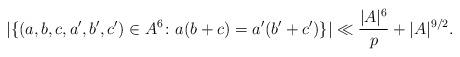
LaTeX: \begin{align*}|\{(a,b,c,a',b',c')\in A^6\colon a(b+c)=a'(b'+c')\}|\ll \frac{|A|^6}p + |A|^{9/2}.\end{align*}